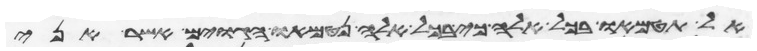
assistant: אל תטמאו בכל אלה כי בכל אלה נטמאו הגוים אשר אני